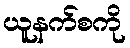
ယူနက်စကို